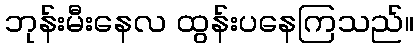
ဘုန်းမီးနေလ ထွန်းပနေကြသည်။